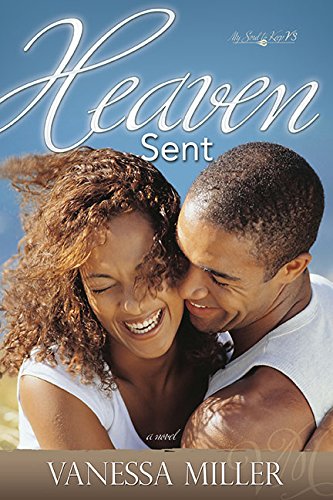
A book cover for Heaven Sent (My Soul To Keep V3); Vanessa Miller; Literature & Fiction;